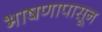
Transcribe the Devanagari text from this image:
भाषणापासून